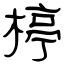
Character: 楟